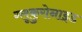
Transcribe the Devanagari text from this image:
ग्लूकुरोनाइड